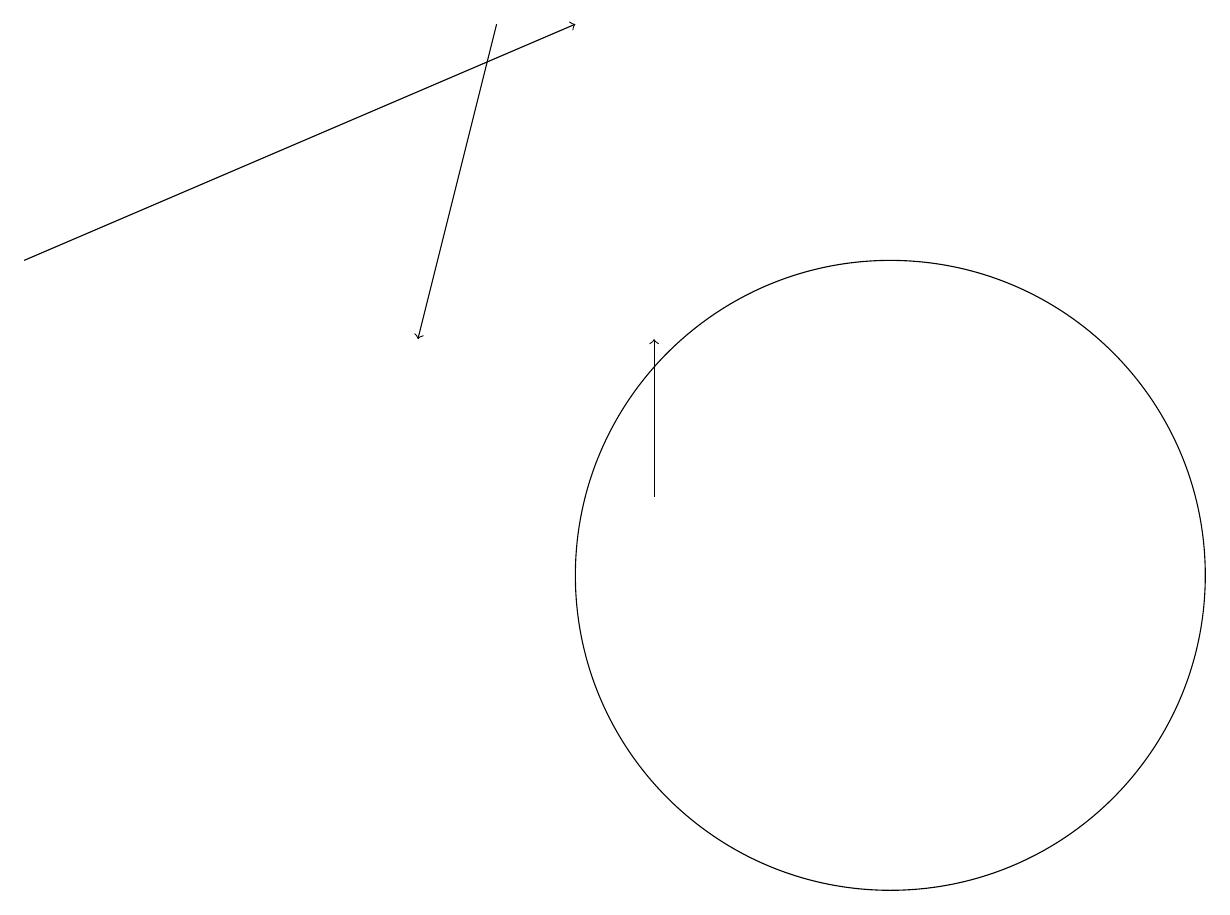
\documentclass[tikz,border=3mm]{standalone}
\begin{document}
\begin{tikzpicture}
\draw[->] (0,15) -- (7,18);
\draw (11,11) circle (4);
\draw[->] (6,18) -- (5,14);
\draw[->] (8,12) -- (8,14);
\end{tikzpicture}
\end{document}